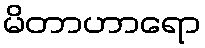
မိတာဟာရော